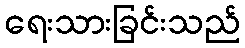
ရေးသားခြင်းသည်